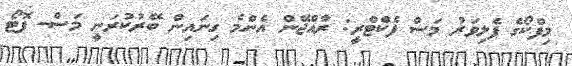
މިފްކޯގެ ފެލިވަރު މަސް ފެކްޓްރީ: ރާއްޖޭން އެންމެ ގިނައިން ބޭރުކުރަނީ މަސް- ފޮޓޯ